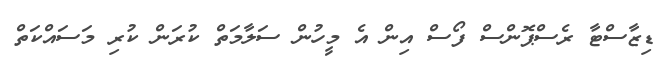
ޑިޒާސްޓާ ރެސްޕޮންސް ފޯސް އިން އެ މީހުން ސަލާމަތް ކުރަން ކުރި މަސައްކަތް